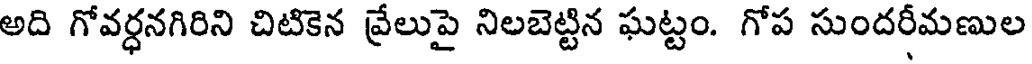
అది గోవర్ధనగిరిని చిటికెన వ్రేలుపై నిలబెట్టిన ఘట్టం. గోప సుందరీమణుల